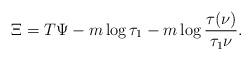
LaTeX: \begin{align*} \Xi = T\Psi - m \log \tau_1 - m\log\frac{\tau(\nu)}{\tau_1\nu}.\end{align*}